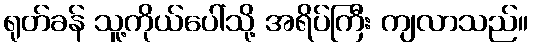
ရုတ်ခန် သူ့ကိုယ်ပေါ်သို့ အရိပ်ကြီး ကျလာသည်။